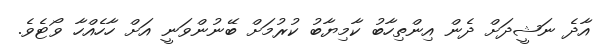
އާދެ ނަޝީދަށް ދެން އިންތިހާބު ކާމިޔާބު ކުރުމަށް ބޭނުންވަނީ އަށް ހާހެއްހާ ވޯޓެވެ.